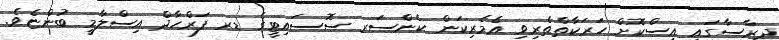
ދިރާސާގައި އިސްކޮށް ހަރަކާތްތެރިވި އެމެރިކަން ކެންސަރ ސޮސައިޓީގެ ޑރ ފަރްހާދް އިސްލާމީ ބުންޏެވެ.